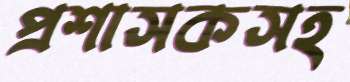
প্রশাসকসহ